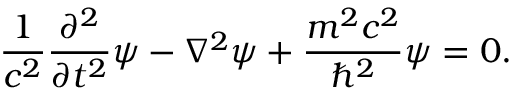
{ \frac { 1 } { c ^ { 2 } } } { \frac { \partial ^ { 2 } } { \partial t ^ { 2 } } } \psi - \nabla ^ { 2 } \psi + { \frac { m ^ { 2 } c ^ { 2 } } { \hbar ^ { 2 } } } \psi = 0 .